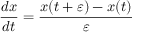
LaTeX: { \frac { d x } { d t } } = { \frac { x ( t + \varepsilon ) - x ( t ) } { \varepsilon } }